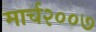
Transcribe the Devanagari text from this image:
मार्च२००७